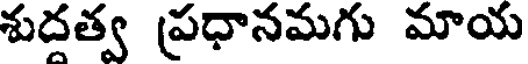
శుదత్వ ప్రధానమగు మాయ